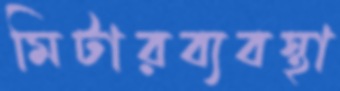
মিটারব্যবস্থা